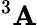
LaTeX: ^3\mathbf{A}